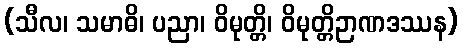
(သီလ၊ သမာဓိ၊ ပညာ၊ ဝိမုတ္တိ၊ ဝိမုတ္တိဉာဏဒဿန)